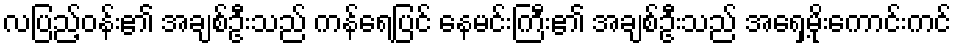
လပြည့်ဝန်း၏ အချစ်ဦးသည် ကန်ရေပြင် နေမင်းကြီး၏ အချစ်ဦးသည် အရှေ့မိုးကောင်းကင်